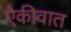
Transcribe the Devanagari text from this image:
ऐकीवात